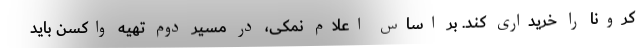
کرونا را خریداری کند. بر اساس اعلام نمکی، در مسیر دوم تهیه واکسن باید